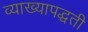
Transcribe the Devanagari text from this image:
व्याख्यापद्धती